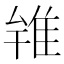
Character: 𨾰